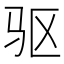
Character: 驱